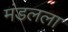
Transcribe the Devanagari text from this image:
मंडलला